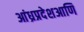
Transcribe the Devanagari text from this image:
आंध्रप्रदेशआणि